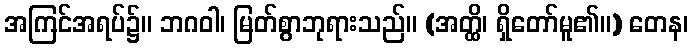
အကြင်အရပ်၌။ ဘဂဝါ၊ မြတ်စွာဘုရားသည်။ (အတ္ထိ၊ ရှိတော်မူ၏။) တေန၊